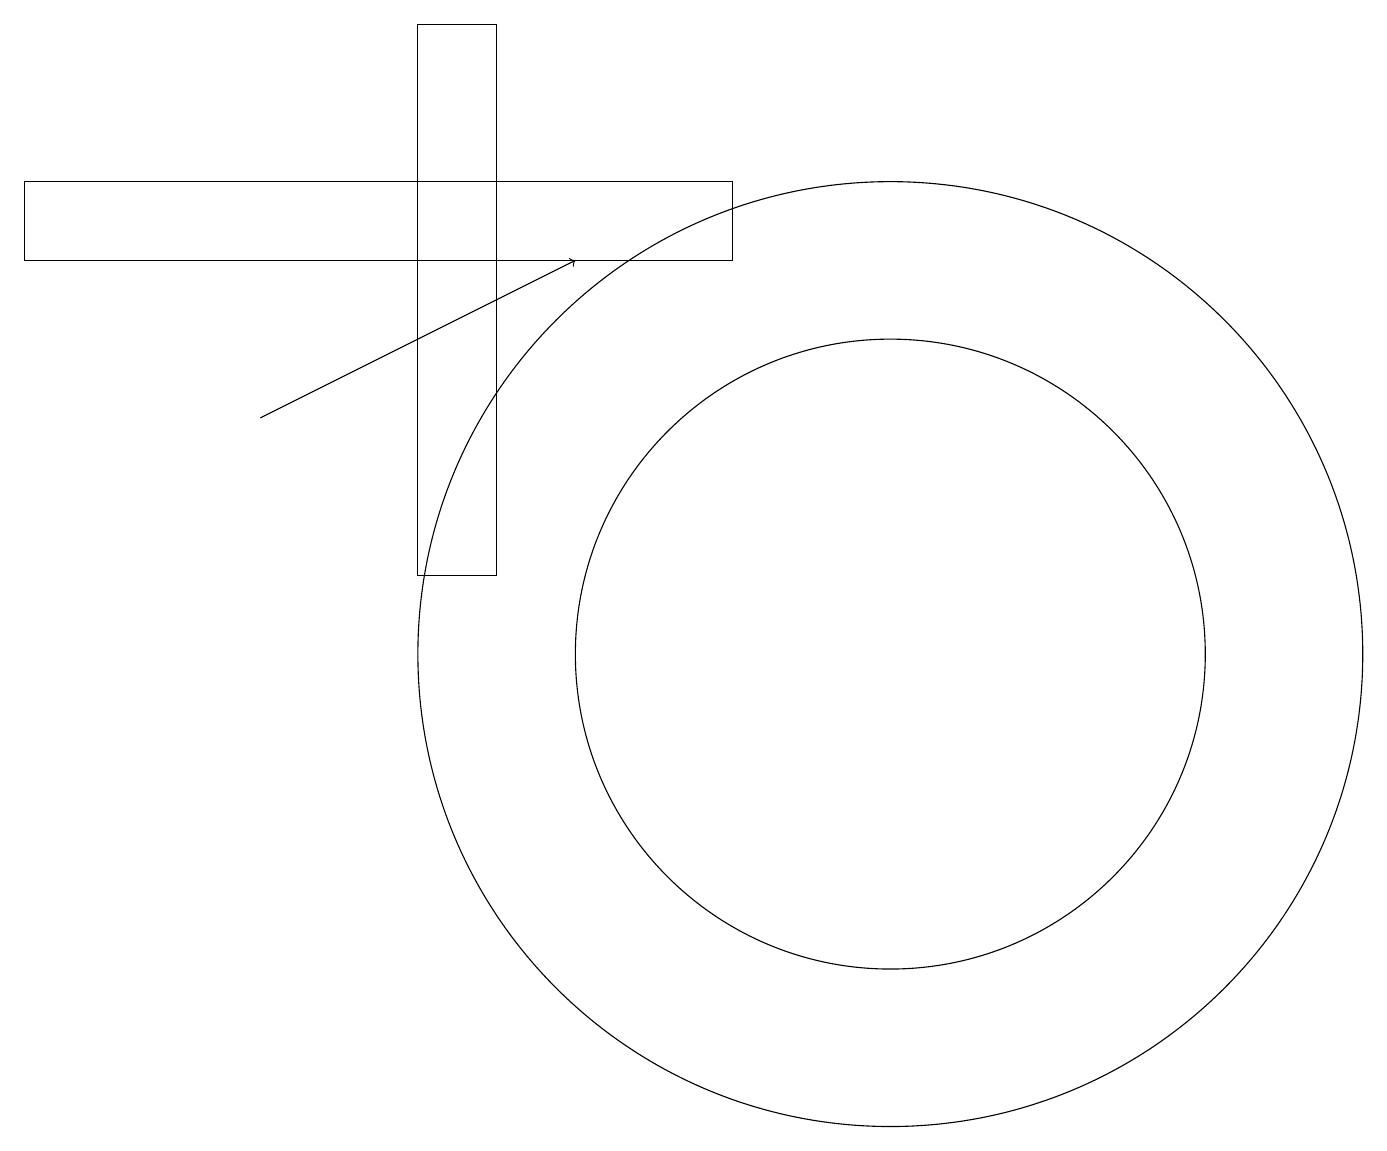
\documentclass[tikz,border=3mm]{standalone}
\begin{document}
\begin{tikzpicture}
\draw (0,16) rectangle (9,15);
\draw[->] (3,13) -- (7,15);
\draw (11,10) circle (4);
\draw (5,16) rectangle (6,11);
\draw (6,11) rectangle (5,18);
\draw (11,10) circle (6);
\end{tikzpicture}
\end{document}